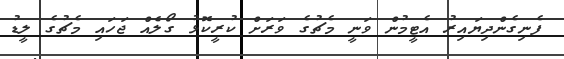
ފެނިގެންދިޔައިރު އެޓީމުން ވަނީ މެޗުގެ ވަރަށް ކުރީކޮޅު ގޯލެއް ޖަހައި މެޗުގެ ލީޑު